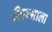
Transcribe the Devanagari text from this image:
सिग्माला